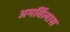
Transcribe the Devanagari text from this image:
अमर्विलास